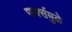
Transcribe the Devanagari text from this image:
पार्क्समुळे